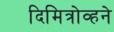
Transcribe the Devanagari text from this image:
दिमित्रोव्हने